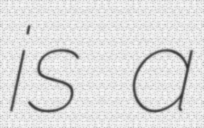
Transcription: is a